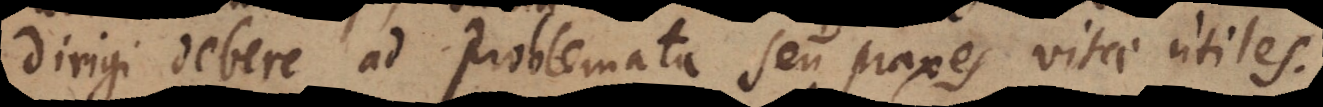
dirigi debere ad problemata seu praxes vitae utiles.